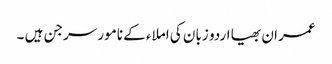
عمران بھیا اردو زبان کی املاء کے نامور سرجن ہیں ۔